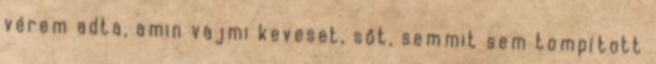
vérem adta, amin vajmi keveset, sőt, semmit sem tompított